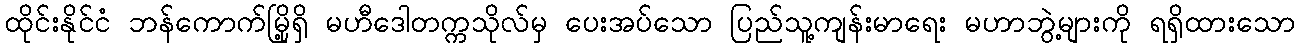
ထိုင်းနိုင်ငံ ဘန်ကောက်မြို့ရှိ မဟီဒေါတက္ကသိုလ်မှ ပေးအပ်သော ပြည်သူ့ကျန်းမာရေး မဟာဘွဲ့များကို ရရှိထားသော